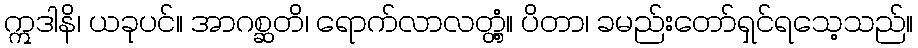
ဣဒါနိ၊ ယခုပင်။ အာဂစ္ဆတိ၊ ရောက်လာလတ္တံ့။ ပိတာ၊ ခမည်းတော်ရှင်ရသေ့သည်။